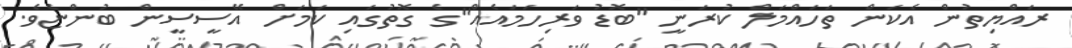
ރައްޔިތުން އެކަން ތަހައްމަލް ކުރަނީ "ބޮޑު ވަރިހަމައެއް"ގެ ގޮތުގައި ކަމަށް އޭސީސީން ބުންޏެވެ.